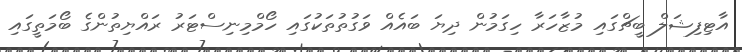
އާޓިފިޝަލް ބީޗްގައި މުޒާހަރާ ހިގަމުން ދިޔަ ބައެއް ވަގުތުތަކުގައި ހޯމްމިނިސްޓަރު ރައްޔިތުންގެ ބޯމަތީގައި